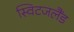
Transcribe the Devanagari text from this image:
स्विटजलैंड